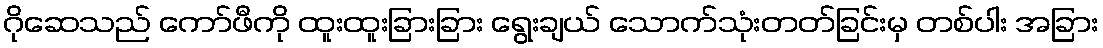
ဂိုဆေသည် ကော်ဖီကို ထူးထူးခြားခြား ရွေးချယ် သောက်သုံးတတ်ခြင်းမှ တစ်ပါး အခြား